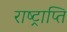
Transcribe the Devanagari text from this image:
राष्ट्राप्ति